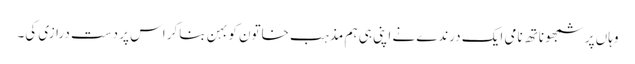
وہاں پر شمبھو ناتھ نامی ایک درندے نے اپنی ہی ہم مذہب خاتون کو بہن بناکر اس پر دست درازی کی۔